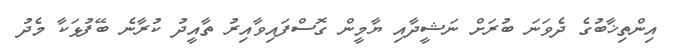
އިންތިޚާބުގެ ދެވަނަ ބުރަށް ނަޝީދާއި ޔާމީން ގޮސްފައިވާއިރު ތާއީދު ކުރާނެ ބޭފުޅަކާ މެދު